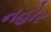
નહોર